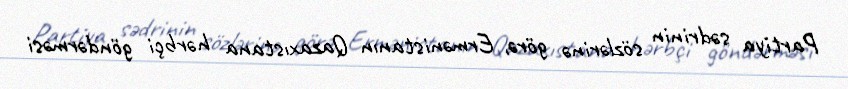
Partiya sədrinin sözlərinə görə, Ermənistanın Qazaxıstana hərbçi göndərməsi